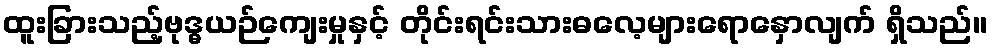
ထူးခြားသည့်ဗုဒ္ဓယဉ်ကျေးမှုနှင့် တိုင်းရင်းသားဓလေ့များရောနှောလျက် ရှိသည်။